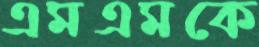
এমএমকে